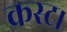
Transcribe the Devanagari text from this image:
क्रस्ट।